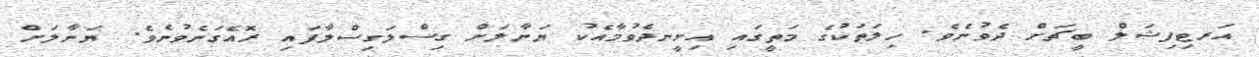
އަރޓިފިޝަލް ބީޗަށް ދެވުނެވެ. ހިލަތަކުގެ މަތީގައި އިށީނދެވުމާއެކު ޔަނާލަށް ގިސްލަގިސްލާފައި ރޮއެގަނެވުނެވެ. ޔަނާލަށް